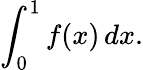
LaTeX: \int_{0}^{1}f(x)\, dx.